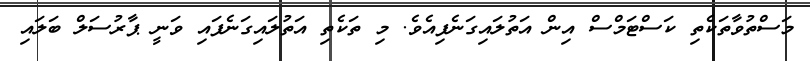
މަސްތުވާތަކެތި ކަސްޓަމްސް އިން އަތުލައިގަނެފިއެވެ. މި ތަކެތި އަތުލައިގަނެފައި ވަނީ ޕާރުސަލް ބަލައި